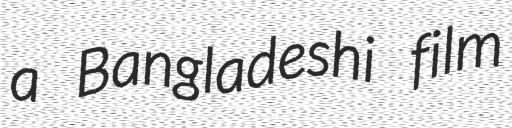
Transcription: a Bangladeshi film